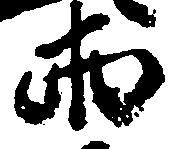
両